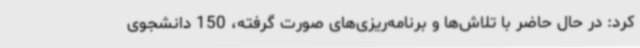
کرد: در حال حاضر با تلاش‌ها و برنامه‌ریزی‌های صورت گرفته، 150 دانشجوی